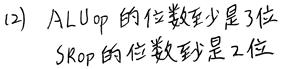
(2) $ALUop$ 的位数最少是 3 位
$SRop$ 的位数就是 2 位